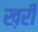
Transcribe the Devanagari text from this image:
ख़री